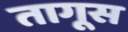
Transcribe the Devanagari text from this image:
तागूस